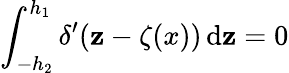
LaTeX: \int_{-h_{2}}^{h_{1}}\delta^{\prime}(\mathbf{z}-\zeta(x))\, \mathrm{{d}}\mathbf{z}=0